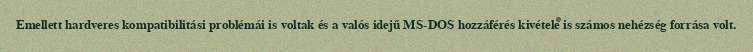
Emellett hardveres kompatibilitási problémái is voltak és a valós idejű MS-DOS hozzáférés kivétele is számos nehézség forrása volt.